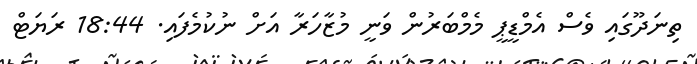
ތިނަދޫގައި ވެސް އެމްޑީޕީ މެމްބަރުން ވަނީ މުޒާހަރާ އަށް ނުކުމެފައި. 18:44 ރަޔަޓް